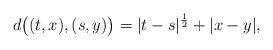
LaTeX: \begin{align*}d\big((t,x), (s,y)\big)=|t-s|^{\frac{1}{2}}+|x-y|,\end{align*}